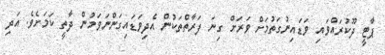
ޕާޓީ ދޫކުރައްވައި ވަޑައިނުގަތުމަށް ވަރަށް ގިނަ ފަރާތްތަކުން އެދިވަޑައިގަންނަވަމުން ދާތީ ކަމަށެވެ. އަދި